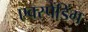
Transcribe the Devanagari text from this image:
एक्स्पेंडिंग